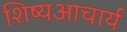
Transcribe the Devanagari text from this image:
शिष्यआचार्य